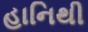
હાનિથી